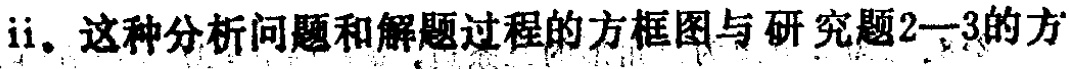
ii. 这种分析问题和解题过程的方框图与研究题2—3的方